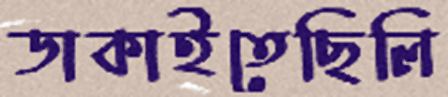
ডাকাইতেছিলি